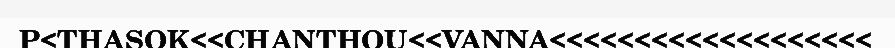
P<THASOK<<CHANTHOU<<VANNA<<<<<<<<<<<<<<<<<<<